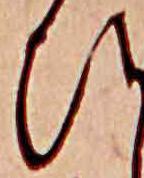
ひ